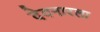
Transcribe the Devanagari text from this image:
देवनारला